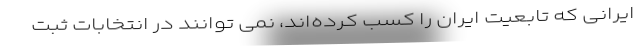
ایرانی که تابعیت ایران را کسب کرده‌اند، نمی توانند در انتخابات ثبت